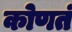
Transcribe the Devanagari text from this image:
कोणतं